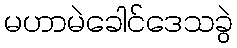
မဟာမဲခေါင်ဒေသခွဲ